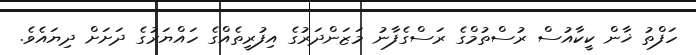
ހަފްތު ޚާން ކީކާއުސް ރުސްތުމްގެ ރަސްގެފާނު މަޒަންދަރުގެ އިފުރީތެއްގެ ހައްޔަރުގެ ދަށަށް ދިޔައެވެ.